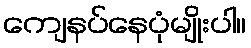
ကျေနပ်နေပုံမျိုးပါ။